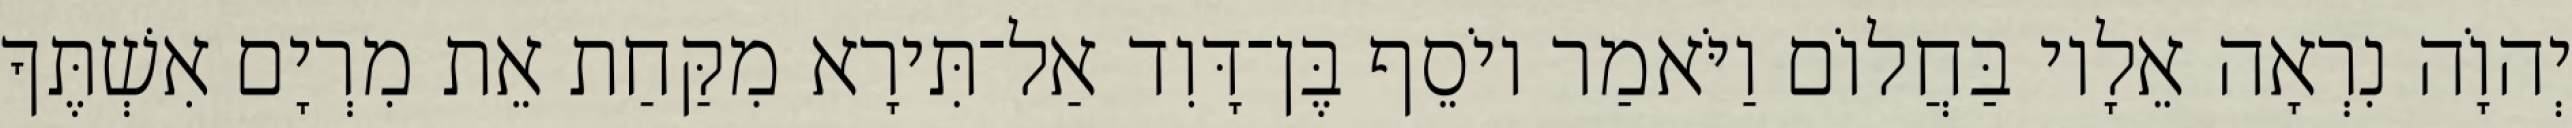
יְהוָֹה נִרְאָה אֵלָיו בַּחֲלוֹם וַיֹּאמַר יוֹסֵף בֶּן־דָּוִד אַל־תִּירָא מִקַּחַת אֵת מִרְיָם אִשְׁתֶּךָ